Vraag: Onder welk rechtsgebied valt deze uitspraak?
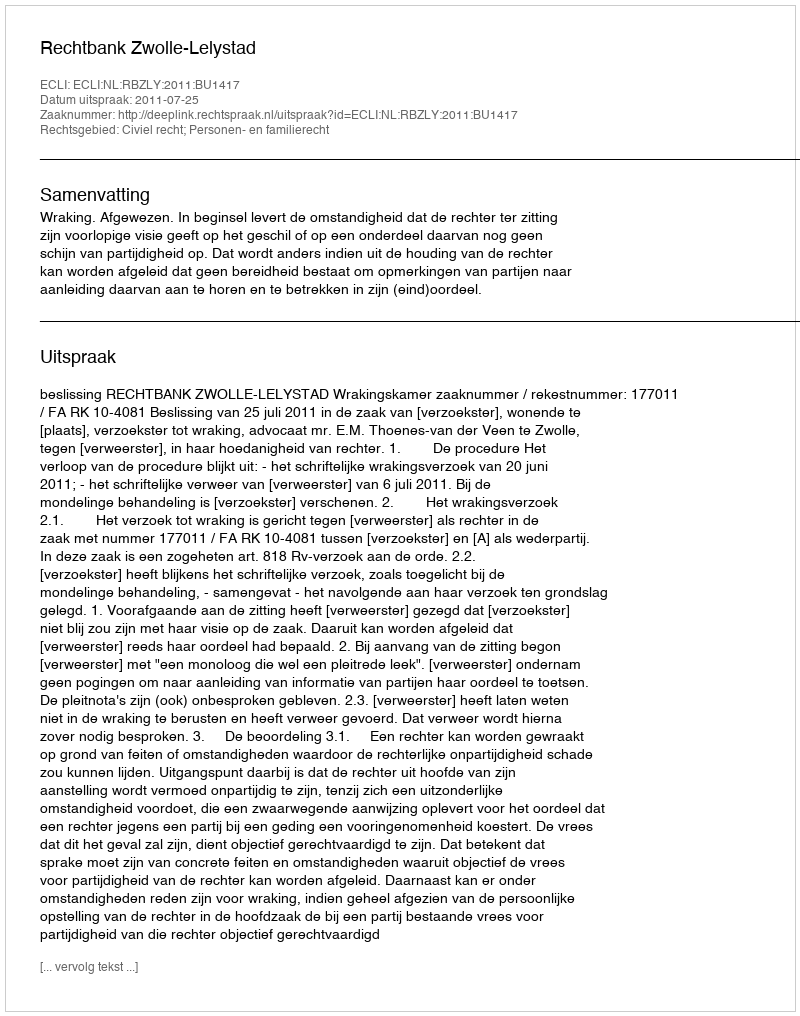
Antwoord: Civiel recht; Personen- en familierecht